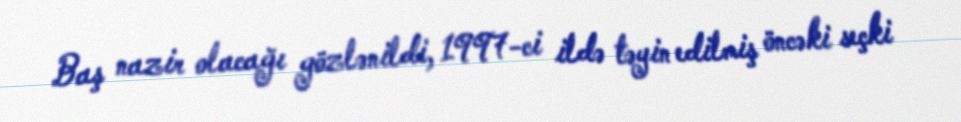
Baş nazir olacağı gözlənildi, 1997-ci ildə təyin edilmiş öncəki seçki